Lunatic asylums Central Provinces reports 1895-1909 - 1895-1909
Year: 1895
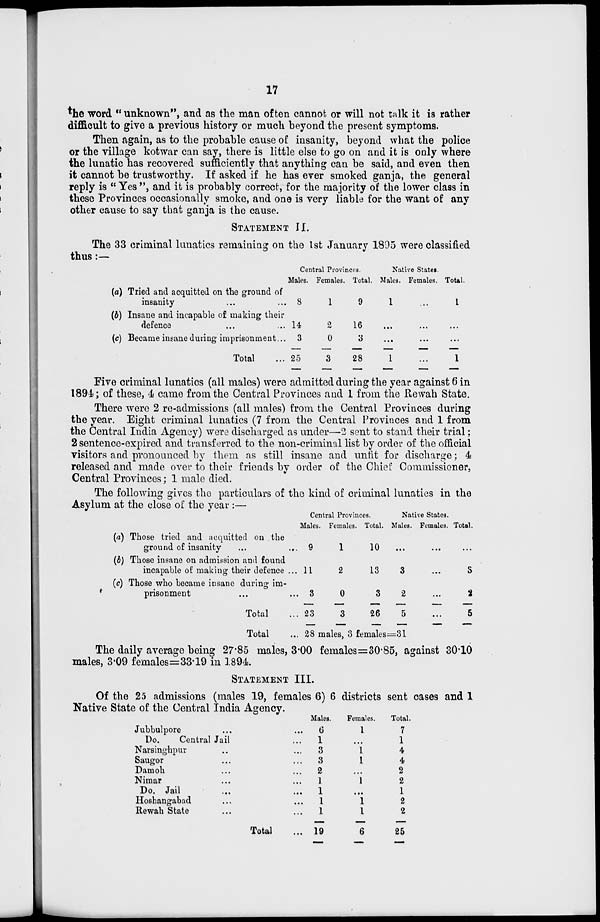
17
the word " unknown", and as the man often cannot or will not talk it is rather
difficult to give a previous history or much beyond the present symptoms.
Then again, as to the probable cause of insanity, beyond what the police
or the village kotwar can say, there is little else to go on and it is only where
the lunatic has recovered sufficiently that anything can be said, and even then
it cannot be trustworthy. If asked if he has ever smoked ganja, the general
reply is " Yes ", and it is probably correct, for the majority of the lower class in
these Provinces occasionally smoke, and one is very liable for the want of any
other cause to say that ganja is the cause.
STATEMENT II.
The 33 criminal lunatics remaining on the 1st January 1895 were classified
thus:—
(a)
(b)
(c)
Tried and acquitted on the ground of
insanity ... ...
Insane and incapable of making their
defence ... ...
Became insane during imprisonment...
Total ...
Central Provinces.
Males.
8
14
3
25
Females.
1
2
0
3
Total.
9
16
3
28
Native States.
Males.
1
...
...
1
Females.
...
...
...
...
Total.
1
...
...
1
Five criminal lunatics (all males) were admitted during the year against 6 in
1894; of these, 4 came from the Central Provinces and 1 from the Rewah State.
There were 2 re-admissions (all males) from the Central Provinces during
the year. Eight criminal lunatics (7 from the Central Provinces and 1 from
the Central India Agency) were discharged as under—2 sent to stand their trial;
2 sentence-expired and transferred to the non-criminal list by order of the official
visitors and pronounced by them as still insane and unfit for discharge; 4
released and made over to their friends by order of the Chief Commissioner,
Central Provinces; 1 male died.
The following gives the particulars of the kind of criminal lunatics in the
Asylum at the close of the year :—
(a)
(b)
(c)
Those tried and acquitted on the
ground of insanity ... ...
Those insane on admission and found
incapable of making their defence ...
Those who became insane during im-
prisonment ... ...
Total ...
Total ...
Central Provinces.
Males.
9
11
3
23
Females.
1
2
0
3
Total.
10
13
3
26
Native States.
Males.
...
3
2
5
Females.
...
...
...
...
Total.
...
3
2
5
28 males, 3 females=31
The daily average being 27.85 males, 3.00 females=30 85, against 30 10
males, 3.09 females=33.19 in 1894.
STATEMENT III.
Of the 25 admissions (males 19, females 6) 6 districts sent cases and 1
Native State of the Central India Agency.
Jubbulpore ... ...
Do.
Central Jail ...
Narsinghpur ... ...
Saugor ... ...
Damoh ... ...
Nimar ... ...
Do. Jail ... ...
Hoshangabad ... ...
Rewah State ... ...
Total ...
Males.
6
1
3
3
2
1
1
1
1
19
Females.
1
...
1
1
...
1
...
1
1
6
Total.
7
1
4
4
2
2
1
2
2
25